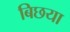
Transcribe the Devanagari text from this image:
बिछया